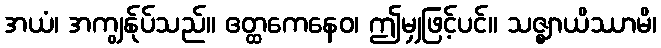
အယံ၊ အကျွန်ုပ်သည်။ ဧတ္ထကေနေဝ၊ ဤမျှဖြင့်ပင်။ သဇ္ဈာယိဿာမိ၊